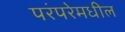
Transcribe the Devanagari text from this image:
परंपरेमधील